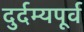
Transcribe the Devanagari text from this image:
दुर्दम्यपूर्व